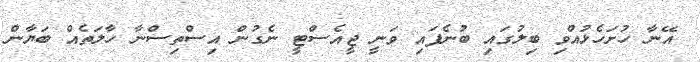
އޭނާ ހުށަހެޅުއްވި ބިލުގައި ބުނެފައި ވަނީ ޖީއެސްޓީ ނެގުން އިސްތިސްނާ ހާލަތެއް ބަޔާން